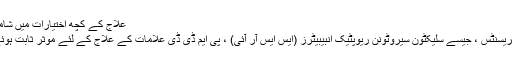
علاج کے کچھ اختیارات میں شامل ہیں:
اینٹیٹائپریسنٹس ، جیسے سلیکٹون سیروٹونن ریوپٹیک انبیبیٹرز (ایس ایس آر آئی) ، پی ایم ڈی ڈی علامات کے علاج کے لئے موثر ثابت ہوئے ہیں۔